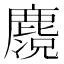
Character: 𪋃